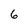
Character: 6